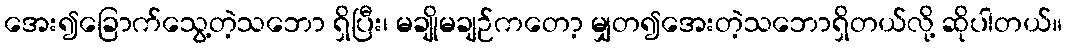
အေး၍ခြောက်သွေ့တဲ့သဘော ရှိပြီး၊ မချိုမချဉ်ကတော့ မျှတ၍အေးတဲ့သဘောရှိတယ်လို့ ဆိုပါတယ်။